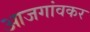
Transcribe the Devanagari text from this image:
आजगांवकर